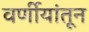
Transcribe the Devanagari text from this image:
वर्णीयांतून